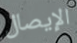
الإيصال